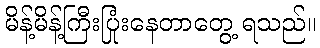
မိန့်မိန့်ကြီးပြုံးနေတာတွေ့ ရသည်။